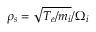
\rho _ { s } = \sqrt { T _ { e } / m _ { i } } / \Omega _ { i }